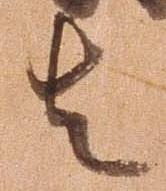
者